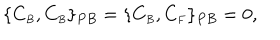
\{ C _ { \scriptscriptstyle B } , C _ { \scriptscriptstyle B } \} _ { P B } = \{ C _ { \scriptscriptstyle B } , C _ { \scriptscriptstyle F } \} _ { P B } = 0 ,